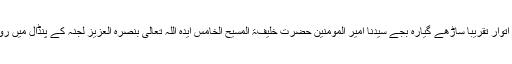
30؍ستمبر بروز اتوار تقریبًا ساڑھے گیارہ بجے سیّدنا امیر المومنین حضرت خلیفۃ المسیح الخامس ایّدہ اللہ تعالیٰ بنصرہ العزیز لجنہ کے پنڈال میں رونق افروز ہوئے۔